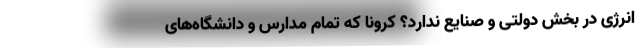
انرژی در بخش دولتی و صنایع ندارد؟ کرونا که تمام مدارس و دانشگاه‌های